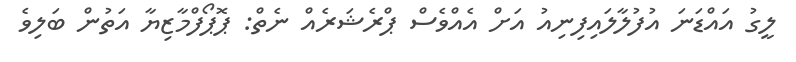
ލީގު އައްޑަނަ އުފުލާލައިފިނިއު އަށް އެއްވެސް ޕްރެޝަރެއް ނެތް: ޕޮޕޯފްމާޒިޔާ އަތުން ބަލިވެ